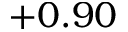
+ 0 . 9 0